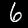
Digit: 6